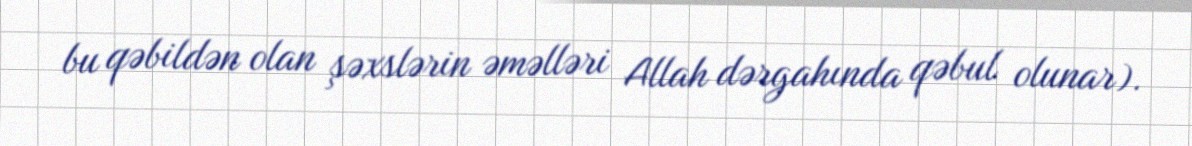
bu qəbildən olan şəxslərin əməlləri Allah dərgahında qəbul olunar).